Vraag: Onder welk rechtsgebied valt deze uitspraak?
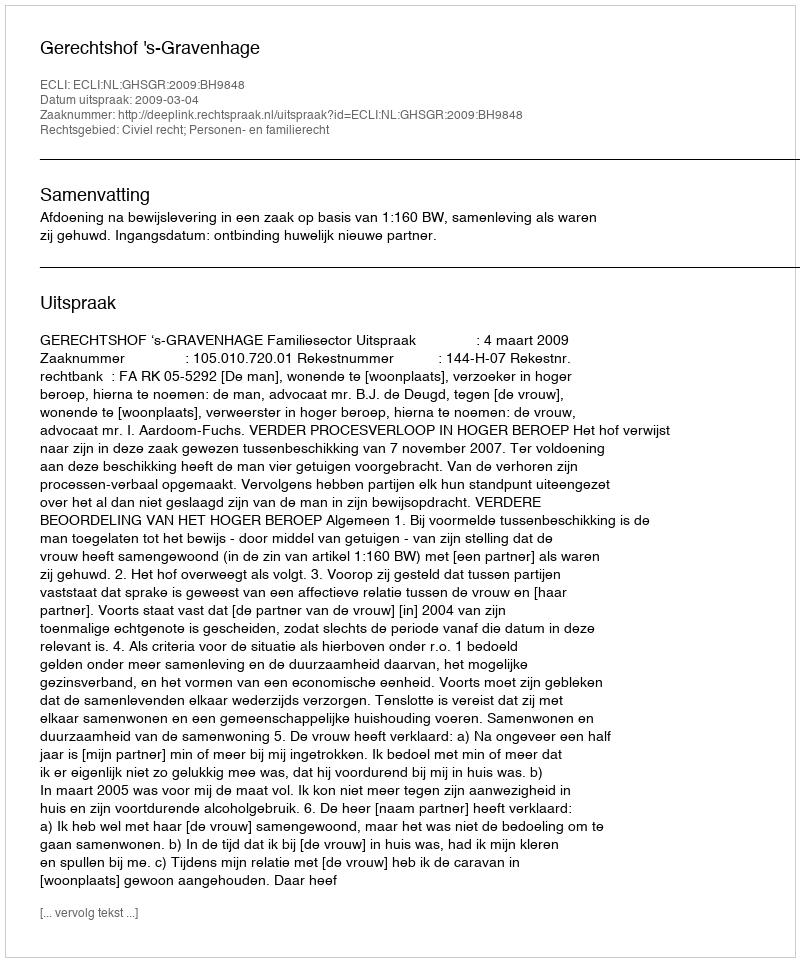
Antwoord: Civiel recht; Personen- en familierecht